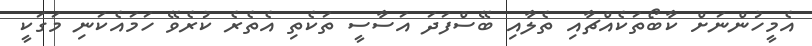
އެމީހުންނަށް ކާބޯތަކެއްޗާއި ތެލާއި ބޭސްފަދަ އަސާސީ ތަކެތި އެތެރެ ކުރެވޭ ހަމައެކަނި މަގަކީ